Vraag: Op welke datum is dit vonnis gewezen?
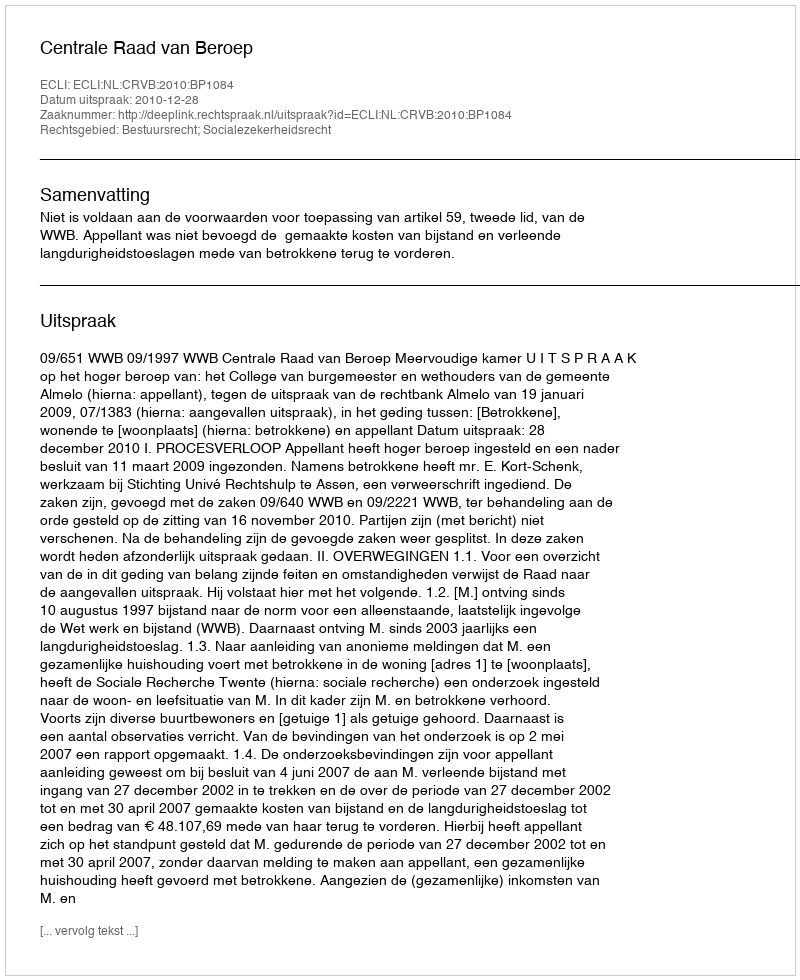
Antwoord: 2010-12-28